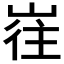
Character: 𱛶